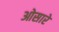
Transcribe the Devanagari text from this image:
ओसारे